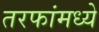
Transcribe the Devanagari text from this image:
तरफांमध्ये